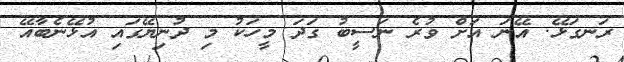
ރަނގަޅޭ. އޭނަ އަށް ވުރެ ނަސީބު ގަދަ މީހަކު މި ދުނިޔޭގައި އުޅޭނެބާއޭ